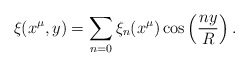
\begin{align*}\xi(x^\mu,y) = \sum_{n=0} \xi_n(x^\mu) \cos\left(\frac{n y}{R}\right).\end{align*}